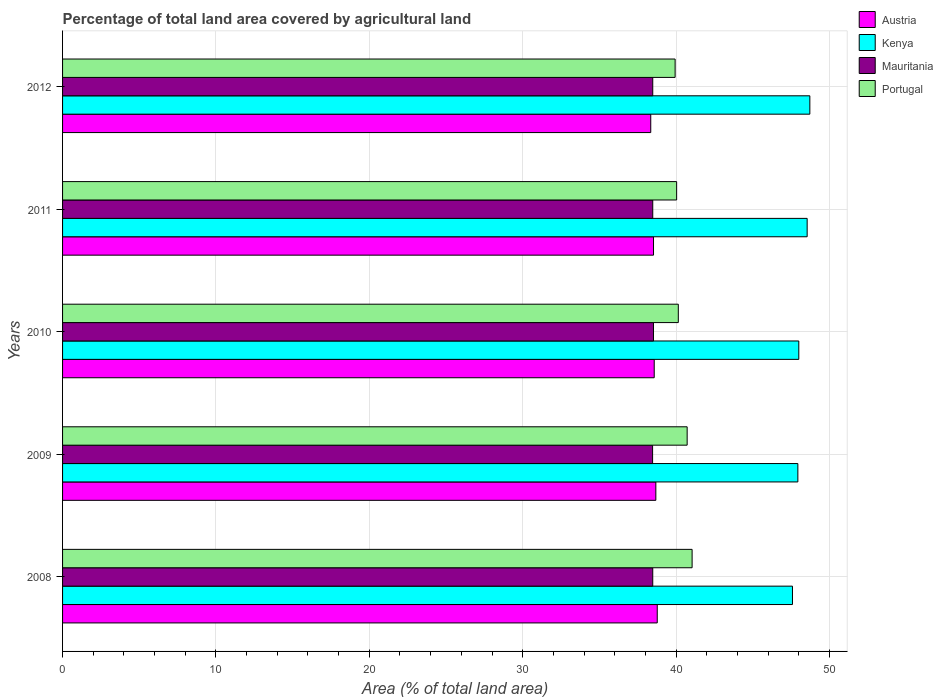
| Years | Austria | Kenya | Mauritania | Portugal |
 | --- | --- | --- | --- | --- |
 | 2008 | 38.8 | 47.6 | 38.5 | 41 |
 | 2009 | 38.7 | 47.9 | 38.5 | 40.7 |
 | 2010 | 38.6 | 48 | 38.5 | 40.1 |
 | 2011 | 38.5 | 48.5 | 38.5 | 40 |
 | 2012 | 38.4 | 48.7 | 38.5 | 39.9 |